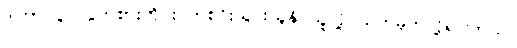
ဒါဟာ ပွဲ ၂ပွဲကစားတိုင်း တစ်ဂိုးသွင်းယူနိုင်သူလို့ သတ်မှတ်လို့ရပါတယ်။